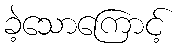
ခဲ့သောကြောင့်